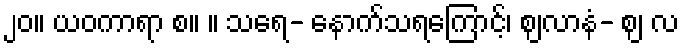
၂၀။ ယဝကာရာ စ။ ။ သရေ- နောက်သရကြောင့်၊ ဈလာနံ- ဈ လ